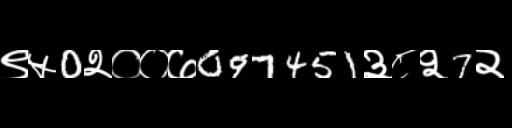
Text: ९५0२००७097451३८२7२